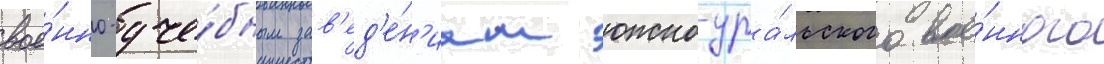
вое́нно-уче́бным зав'ед'е́н'иам южно-ура́льского вое́нного